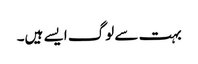
بہت سے لوگ ایسے ہیں۔